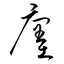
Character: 廛